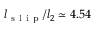
l _ { \mathrm { ~ s ~ l ~ i ~ p ~ } } / l _ { 2 } \simeq 4 . 5 4